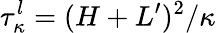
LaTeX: \tau_{\kappa}^{l}=(H+L^{\prime})^{2}/\kappa